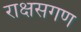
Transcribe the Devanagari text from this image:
राक्षसगण